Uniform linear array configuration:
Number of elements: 64
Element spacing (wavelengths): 0.25
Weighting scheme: kaiser
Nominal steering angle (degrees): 0
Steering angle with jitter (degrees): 0.6066
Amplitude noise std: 0.05
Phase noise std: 0.05

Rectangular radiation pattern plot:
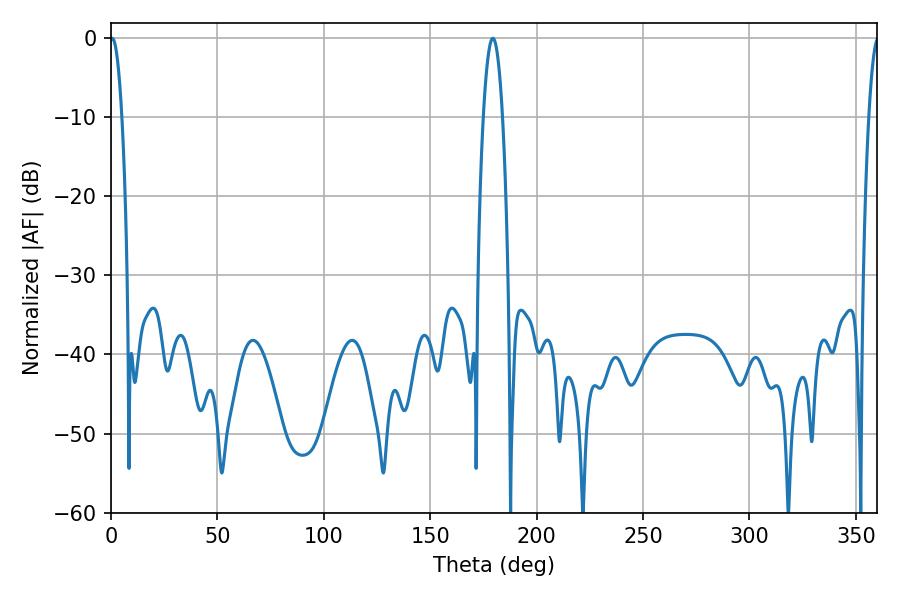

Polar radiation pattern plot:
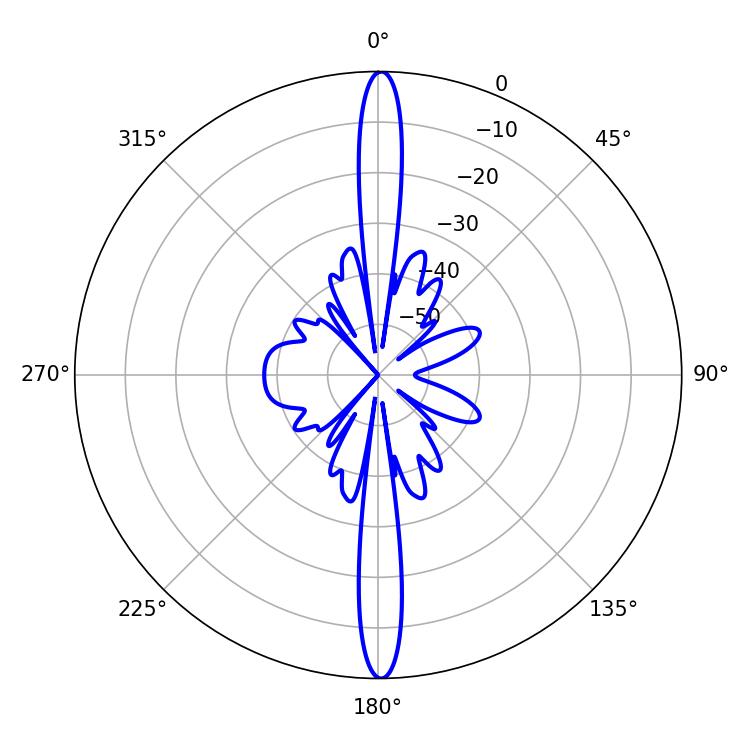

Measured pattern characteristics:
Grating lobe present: FALSE
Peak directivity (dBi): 30.418
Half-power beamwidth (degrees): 3.06
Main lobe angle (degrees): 0.54